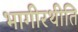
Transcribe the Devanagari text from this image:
भागीरथीति